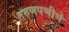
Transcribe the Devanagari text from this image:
तरुणपणीचे